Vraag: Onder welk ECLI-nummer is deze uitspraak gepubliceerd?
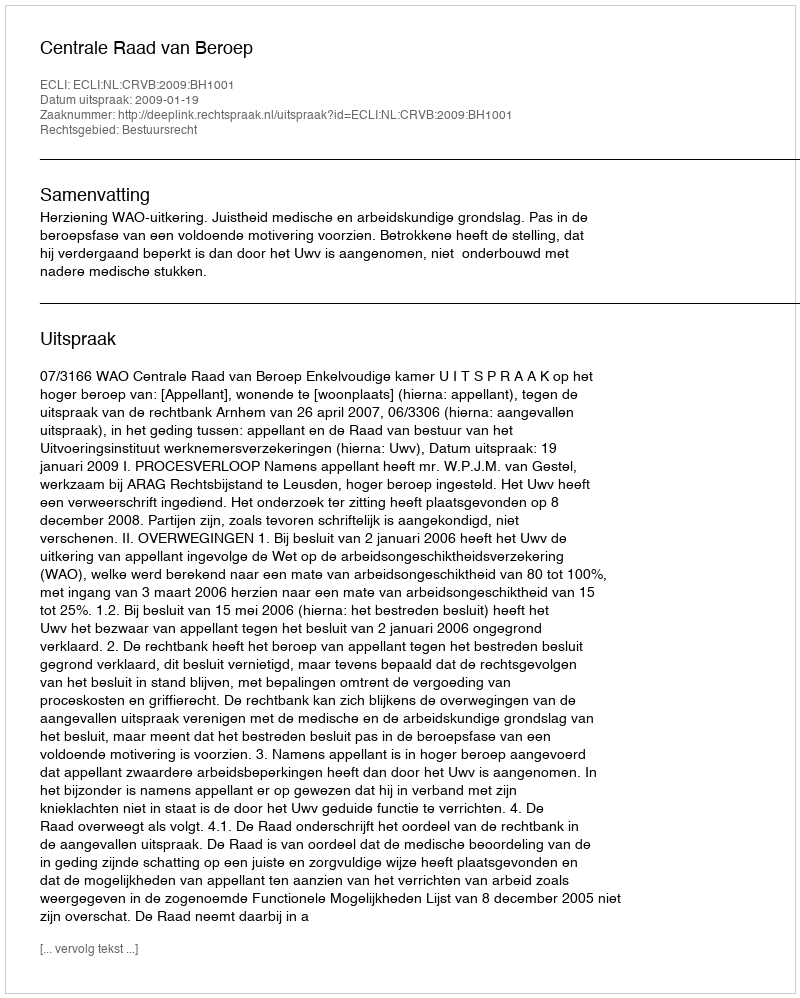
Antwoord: ECLI:NL:CRVB:2009:BH1001